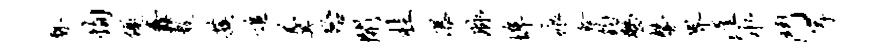
瞀恂优纛敷蔟追羹殆开桂瀑脉埠痕食钧整馨界涯水斗岸